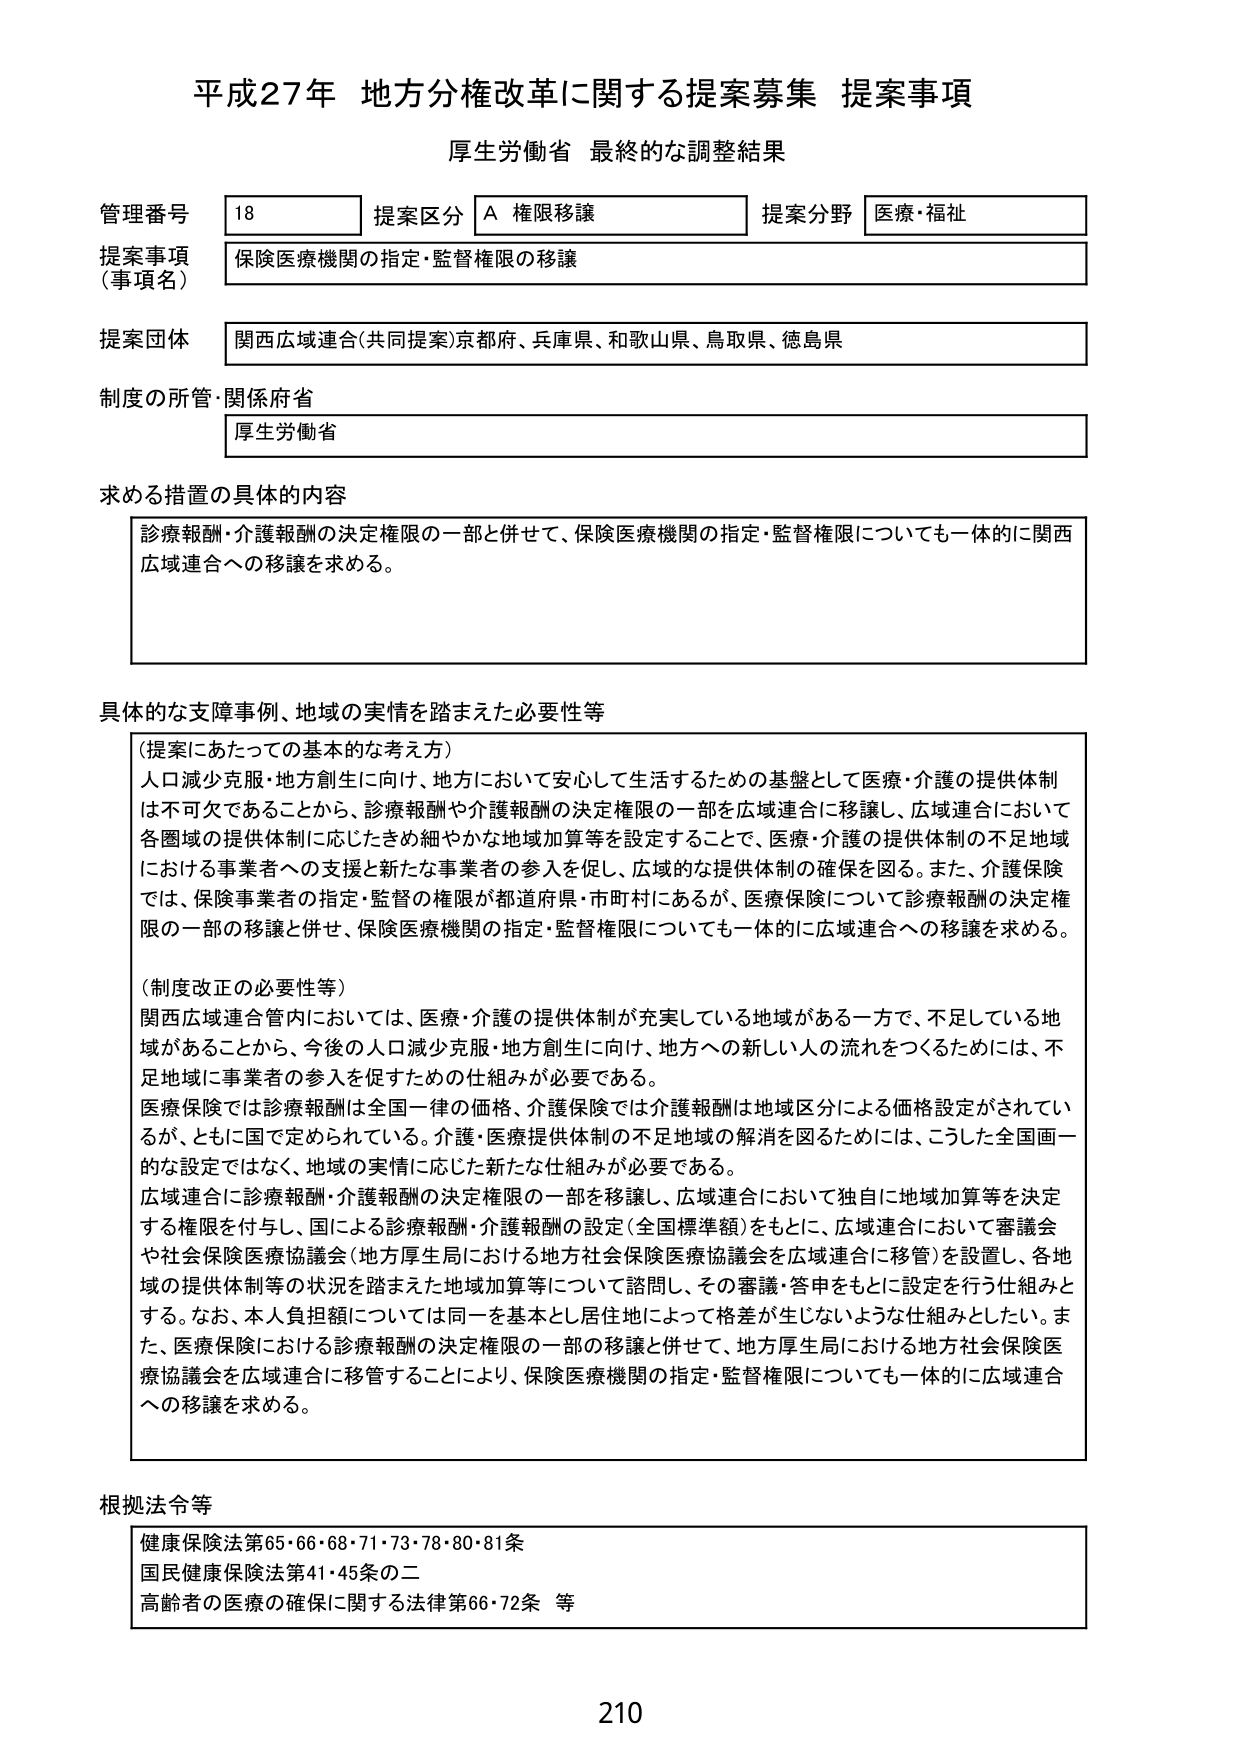
平成27年 地方分権改革に関する提案募集 提案事項
厚生労働省 最終的な調整結果

管理番号 18
提案区分 A 権限移譲
提案分野 医療・福祉

提案事項（事項名） 保険医療機関の指定・監督権限の移譲

提案団体 関西広域連合（共同提案）京都府、兵庫県、和歌山県、鳥取県、徳島県

制度の所管・関係府省 厚生労働省

求める措置の具体的内容
診療報酬・介護報酬の決定権限の一部と併せて、保険医療機関の指定・監督権限についても一体的に関西広域連合への移譲を求める。

具体的な支障事例、地域の実情を踏まえた必要性等
（提案にあたっての基本的な考え方）
人口減少克服・地方創生に向け、地方において安心して生活するための基盤として医療・介護の提供体制は不可欠であることから、診療報酬や介護報酬の決定権限の一部を広域連合に移譲し、広域連合において各圏域の提供体制に応じたきめ細やかな地域加算等を設定することで、医療・介護の提供体制の不足地域における事業者への支援と新たな事業者の参入を促し、広域的な提供体制の確保を図る。また、介護保険では、保険事業者の指定・監督の権限が都道府県・市町村にあるが、医療保険について診療報酬の決定権限の一部の移譲と併せ、保険医療機関の指定・監督権限についても一体的に広域連合への移譲を求める。

（制度改正の必要性等）
関西広域連合管内においては、医療・介護の提供体制が充実している地域がある一方で、不足している地域があることから、今後の人口減少克服・地方創生に向け、地方への新しい人の流れをつくるためには、不足地域に事業者の参入を促すための仕組みが必要である。
医療保険では診療報酬は全国一律の価格、介護保険では介護報酬は地域区分による価格設定がされているが、ともに国で定められている。介護・医療提供体制の不足地域の解消を図るためには、こうした全国画一的な設定ではなく、地域の実情に応じた新たな仕組みが必要である。
広域連合に診療報酬・介護報酬の決定権限の一部を移譲し、広域連合において独自に地域加算等を決定する権限を付与し、国による診療報酬・介護報酬の設定（全国標準額）をもとに、広域連合において審議会や社会保険医療協議会（地方厚生局における地方社会保険医療協議会を広域連合に移管）を設置し、各地域の提供体制等の状況を踏まえた地域加算等について諮問し、その審議・答申をもとに設定を行う仕組みとする。なお、本人負担額については同一を基本とし居住地によって格差が生じないような仕組みとしたい。また、医療保険における診療報酬の決定権限の一部の移譲と併せて、地方厚生局における地方社会保険医療協議会を広域連合に移管することにより、保険医療機関の指定・監督権限についても一体的に広域連合への移譲を求める。

根拠法令等
健康保険法第65・66・68・71・73・78・80・81条
国民健康保険法第41・45条の二
高齢者の医療の確保に関する法律第66・72条 等

210